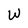
Character: W